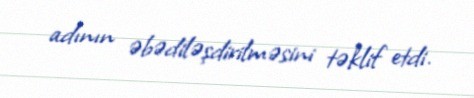
adının əbədiləşdirilməsini təklif etdi.